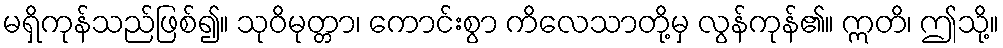
မရှိကုန်သည်ဖြစ်၍။ သုဝိမုတ္တာ၊ ကောင်းစွာ ကိလေသာတို့မှ လွန်ကုန်၏။ ဣတိ၊ ဤသို့။